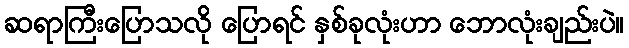
ဆရာကြီးပြောသလို ပြောရင် နှစ်ခုလုံးဟာ ဘောလုံးချည်းပဲ။